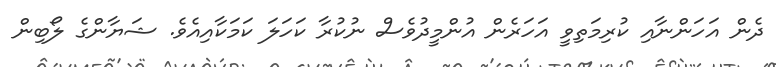
ދެން އަހަންނާއި ކުރިމަތިވީ އަހަރެން އުންމީދުވެސް ނުކުރާ ކަހަލަ ކަމަކާއިއެވެ. ޝަޔާންގެ ލޯބިން